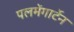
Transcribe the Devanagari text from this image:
पलमेंगार्टेन